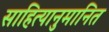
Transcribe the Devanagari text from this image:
साहित्यानुमानित